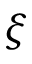
\xi